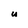
Character: U